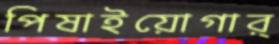
পিষাইয়োগার্